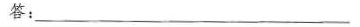
答：___